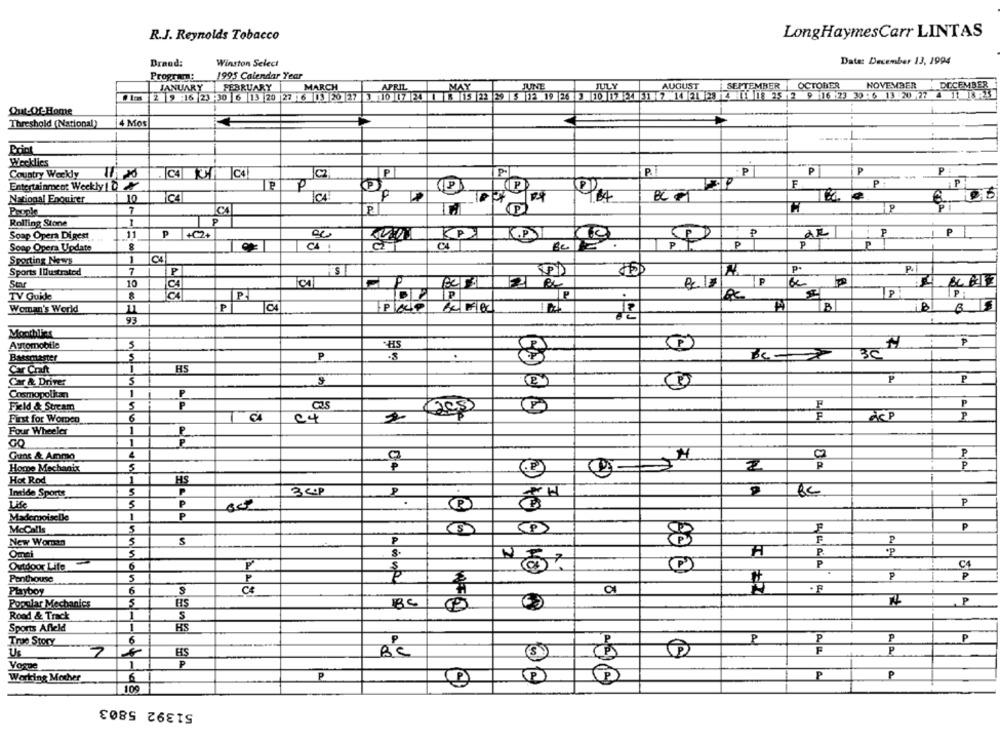
R.J. Reynolds Tobacco
LongHaymesCarr LINTAS
Date: December 13, 1994
Brand:
Winston Select
1995 Calendar Year
Program:
JANUARY FEBRUARY
MARCH
APRIL
MAY
JUNE
AUGUST
SEPTEMBER OCTOBER
NOVEMBER
DECEMBER
2 9 16 23 :30 6 13 20 27 6 13 20 27 3 10 17 24 1 8 15 23 50 5 12 19 245 10 12 24 51 7 14 21 20 4 1 18 25 2 9 16 23 30 6 13 :20 27 4 11 18:23
Out-Of-Home
Threshold (National)
4 Mos
Point
Weeklies
P-
P.
P
P
P
Country Weekly
11.00
Entertainment Weekly |
EP
F
P
P
National Enquirer
10
ʻp
P
P
Prank
7
Rolling Stone
1
P
P
Soap Opera Di gest
11
₱ |+C2+
au
KP
K.P.
1
P
P
P
P
Soap Opera Update
8
1
04
Sporting News
Sports Illustrated
7
P
ST
10
P
Ser
21 a
TV Quke
8
P
Woman's World
P
C4
93
Monthl'x
P
Automobile
5
P
.
30
Bassmaster
Car Craft
1
HS
P
Car & Drive:
5
9
P
1
P
Cosmopolitan
Field & Sucam
P
F
P
F
dep
P
First for WorDen
6
04
Four Wheeler
1
P
1
P
Guns & Ammo
4
P
5
P
Home Mechanix
Hot Rod
HS
Incide Sports
P
3 CP
P
5
P
P
set
Mademoiselle
1
P
F
P
McCalls
50
New Women
S
P
F
P
Omei
5
A
P
Outdoor Life
Penthouse
5
P
Playboy
6
228
Popular Mechanics
HS
BC
P
Road & Track
1
S
Sports Affeld
HS
6
P
P
P
P
True Story
Us
7
HS
F
P
BC
Vogue
1
P
P
P
P
Working Mother
6
105
51392 5803